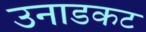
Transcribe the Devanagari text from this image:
उनाडकट